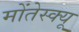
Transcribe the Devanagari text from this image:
मोंतेस्क्यू